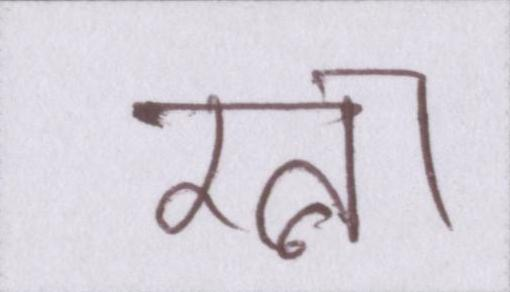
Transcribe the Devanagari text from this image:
रत्ना